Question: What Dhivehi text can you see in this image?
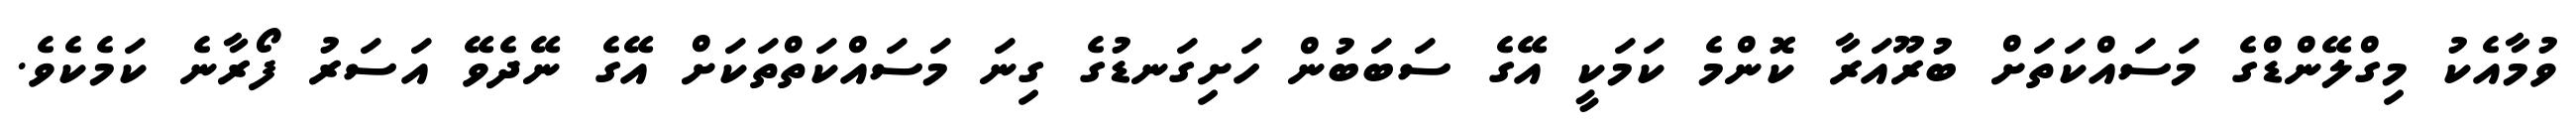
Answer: ވުމާއެކު މިގްލޭންޑްގެ މަސައްކަތަށް ބުރޫއަރާ ކޮންމެ ކަމަކީ އޭގެ ސަބަބުން ހަށިގަނޑުގެ ގިނަ މަސައްކަތްތަކަށް އޭގެ ނޭދެވޭ އަސަރު ފޯރާނެ ކަމެކެވެ.